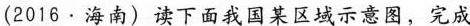
（2016·海南）读下面我国某区域示意图，完成